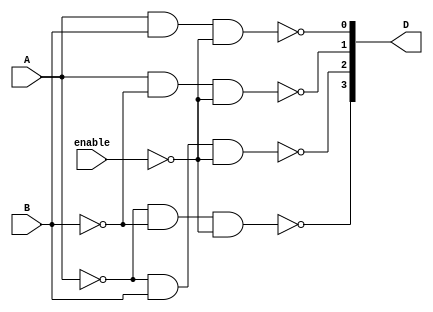
//Descripcion a nivel de compuertas de un decodificador de dos a cuatro lineas

module decoder_2x4_gates (D, A, B, enable);

    output [0:3] D;
    input A, B, enable;
    wire A_not, B_not, enable_not;

    not
        G1 (A_not, A),
        G2 (B_not, B),
        G3 (enable_not, enable);

    nand
        G4 (D[0], A_not, B_not, enable_not),
        G5 (D[1], A_not, B, enable_not),
        G6 (D[2], A, B_not, enable_not),
        G7 (D[3], A, B, enable_not);

endmodule